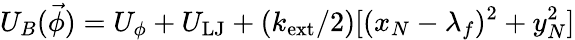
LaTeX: U_{B}(\vec{\phi})=U_{\phi}+U_{\mathrm{LJ}}+(k_{\mathrm{ext}}/2)[(x_{N}-\lambda_{f})^{2}+y_{N}^{2}]